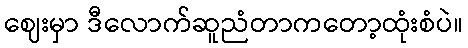
ဈေးမှာ ဒီလောက်ဆူညံတာကတော့ထုံးစံပဲ။